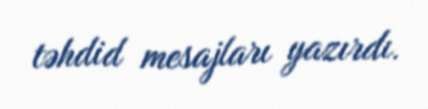
təhdid mesajları yazırdı.